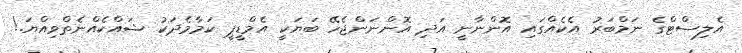
އެލިސްޓްގެ ނަމްބަރު އެކެއްގައި އޮންނާނީ އަދި އޮންނަންޖެހޭ ބަޔަކީ އެމްޑީޕީ ކަމާމެދަކު ޝައްކެއްނެތްވިއްޔަ.!